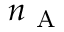
n _ { \mathrm { ~ A ~ } }